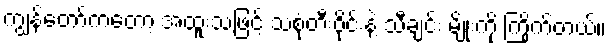
ကျွန်တော်ကတော့ အထူးသဖြင့် သံစုံတီးဝိုင်းနဲ့ သီချင်း မျိုးကို ကြိုက်တယ်။